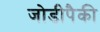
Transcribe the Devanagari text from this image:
जोडीपैकी